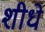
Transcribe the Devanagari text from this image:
शीधे